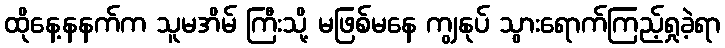
ထိုနေ့နနက်က သူမအိမ် ကြီးသို့ မဖြစ်မနေ ကျွနုပ် သွားရောက်ကြည့်ရှုခဲ့ရာ